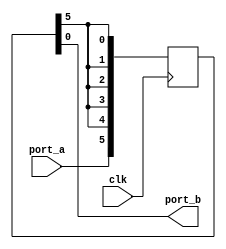
module PAR_NF_NMCV (port_a, clk, port_b);
   input port_a, clk;
   output port_b;
   parameter par_a = 6;
   reg [1:par_a] reg_a ;
   integer P;
   always @(negedge clk)
   begin
      for (P = 1; P < par_a; P = P+1)
      reg_a[P+1] = reg_a[P];
      reg_a[1] = port_a;
   end
   assign port_b = reg_a[par_a];
endmodule